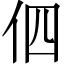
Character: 伵